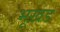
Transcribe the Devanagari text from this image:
भूख़ड